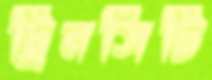
ট্রিনসিটি